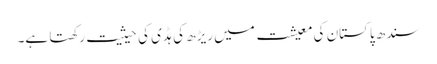
سندھ پاکستان کی معیشت میں ریڑھ کی ہڈی کی حیثیت رکھتا ہے۔